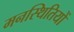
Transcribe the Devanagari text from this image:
मनस्थितियों